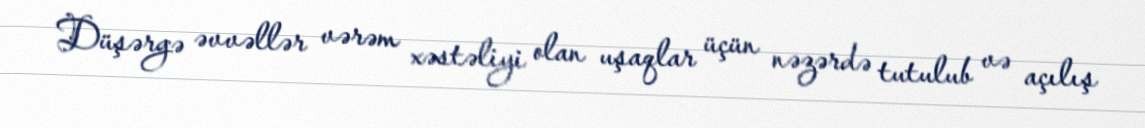
Düşərgə əvvəllər vərəm xəstəliyi olan uşaqlar üçün nəzərdə tutulub və açılış